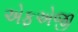
એફએજી